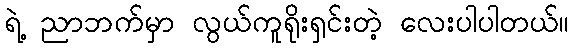
ရဲ့ ညာဘက်မှာ လွယ်ကူရိုးရှင်းတဲ့ လေးပါပါတယ်။